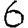
Digit: 6